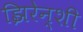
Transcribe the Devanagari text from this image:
झिरेन्शी